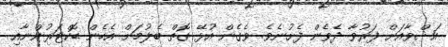
އަޝްވާއަށް ފަރުވާ ދެވެން ފެށުނެވެ. ވެގެން އުޅޭ ގޮތް ބެލުމަށް އެހެން ޑޮކްޓަރުންނާއި